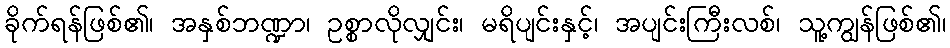
ခိုက်ရန်ဖြစ်၏၊ အနှစ်ဘဏ္ဍာ၊ ဥစ္စာလိုလျှင်း၊ မရိပျင်းနှင့်၊ အပျင်းကြီးလစ်၊ သူ့ကျွန်ဖြစ်၏၊